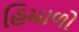
હિમાળો